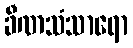
ခီဏသံသာရော